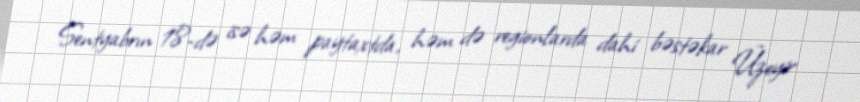
Sentyabrın 18-də isə həm paytaxtda, həm də regionlarda dahi bəstəkar Üzeyir